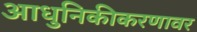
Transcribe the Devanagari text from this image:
आधुनिकीकरणावर